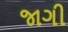
જાગી